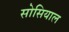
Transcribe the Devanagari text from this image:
सोसियाल